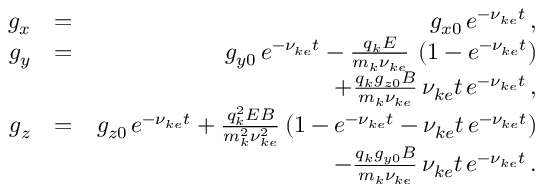
\begin{array} { r l r } { g _ { x } } & { = } & { g _ { x 0 } \, e ^ { - \nu _ { k e } t } \, , } \\ { g _ { y } } & { = } & { g _ { y 0 } \, e ^ { - \nu _ { k e } t } - \frac { q _ { k } E } { m _ { k } \nu _ { k e } } \, \left( 1 - e ^ { - \nu _ { k e } t } \right) } \\ & { } & { + \frac { q _ { k } g _ { z 0 } B } { m _ { k } \nu _ { k e } } \, \nu _ { k e } t \, e ^ { - \nu _ { k e } t } \, , } \\ { g _ { z } } & { = } & { g _ { z 0 } \, e ^ { - \nu _ { k e } t } + \frac { q _ { k } ^ { 2 } E B } { m _ { k } ^ { 2 } \nu _ { k e } ^ { 2 } } \left( 1 - e ^ { - \nu _ { k e } t } - \nu _ { k e } t \, e ^ { - \nu _ { k e } t } \right) } \\ & { } & { - \frac { q _ { k } g _ { y 0 } B } { m _ { k } \nu _ { k e } } \, \nu _ { k e } t \, e ^ { - \nu _ { k e } t } \, . } \end{array}